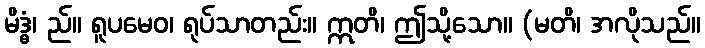
မိဒ္ဓံ၊ ည်။ ရူပမေဝ၊ ရုပ်သာတည်း။ ဣတိ၊ ဤသို့သော။ (မတိ၊ အလိုသည်။